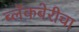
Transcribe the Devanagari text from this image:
ब्लॅकबेरीचा